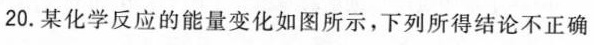
20.某化学反应的能量变化如图所示，下列所得结论不正确